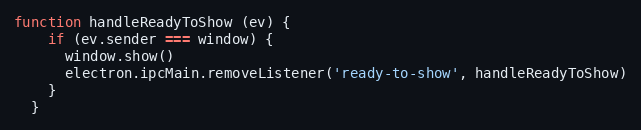
Language: JavaScript
function handleReadyToShow (ev) {
    if (ev.sender === window) {
      window.show()
      electron.ipcMain.removeListener('ready-to-show', handleReadyToShow)
    }
  }